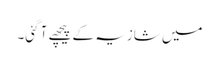
میں شازیہ کے پیچھے آ گئی۔